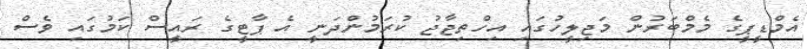
އެމްޑީޕީގެ މެމްބަރުން މަޖިލީހުގައި އިހްތިޖާޖު ކުރަމުންދަނީ އެ ޕާޓީގެ ރައީސް ކަމުގައި ވެސް